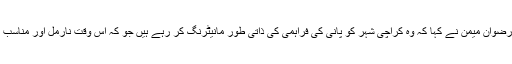
اس پر چیف سیکریٹری رضوان میمن نے کہا کہ وہ کراچی شہر کو پانی کی فراہمی کی ذاتی طور مانیٹرنگ کر رہے ہیں جو کہ اس وقت نارمل اور مناسب طریقے سے ہورہی ہے۔